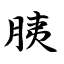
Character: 胰